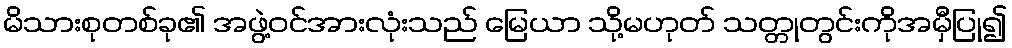
မိသားစုတစ်ခု၏ အဖွဲ့ဝင်အားလုံးသည် မြေယာ သို့မဟုတ် သတ္တုတွင်းကိုအမှီပြု၍